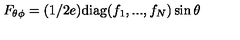
F _ { \theta \phi } = ( 1 / 2 e ) \mathrm { d i a g } ( f _ { 1 } , . . . , f _ { N } ) \sin \theta \